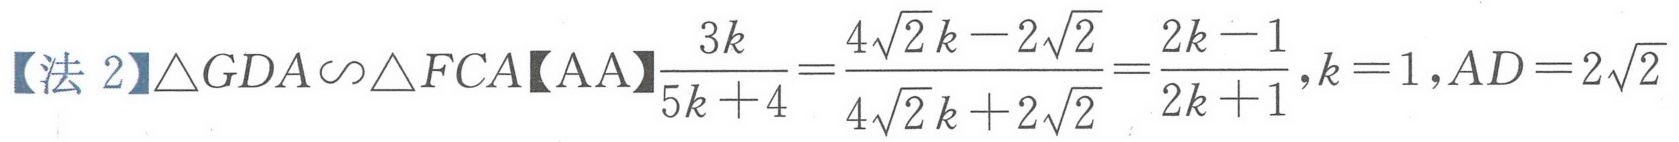
【法2】\(\triangle GDA\sim\triangle FCA\)【AA】\(\frac{3k}{5k + 4}=\frac{4\sqrt{2}k - 2\sqrt{2}}{4\sqrt{2}k + 2\sqrt{2}}=\frac{2k - 1}{2k + 1},k = 1,AD = 2\sqrt{2}\)